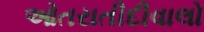
ઓતરાતીદીવાલો